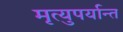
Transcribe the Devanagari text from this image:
मृत्युपर्यान्त